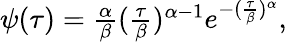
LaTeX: \begin{array}{r}{\psi(\tau)=\frac{\alpha}{\beta}(\frac{\tau}{\beta})^{\alpha-1}e^{-(\frac{\tau}{\beta})^{\alpha}},}\end{array}